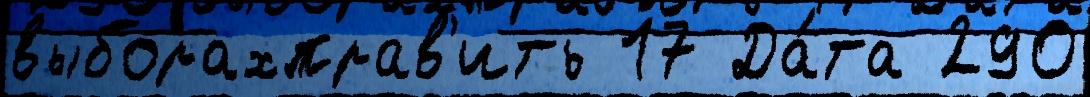
выборахправ'ить 17 Да́та 290